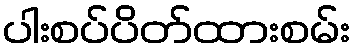
ပါးစပ်ပိတ်ထားစမ်း